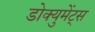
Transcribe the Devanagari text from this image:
डोक्युमेंट्स